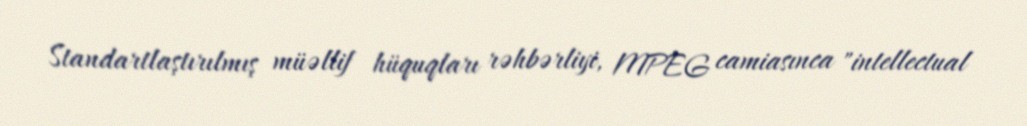
Standartlaştırılmış müəllif hüquqları rəhbərliyi, MPEG camiasınca "intellectual